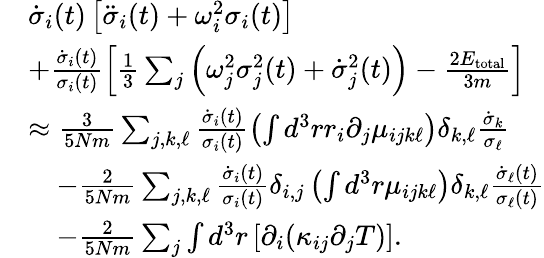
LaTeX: \begin{array}{rl}&{\dot{\sigma}_{i}(t)\left[\ddot{\sigma}_{i}(t)+\omega_{i}^{2}\sigma_{i}(t)\right]}\\ &{+\frac{\dot{\sigma}_{i}(t)}{\sigma_{i}(t)}\left[\frac{1}{3}\sum_{j}\left(\omega_{j}^{2}\sigma_{j}^{2}(t)+\dot{\sigma}_{j}^{2}(t)\right)-\frac{2E_{\mathrm{total}}}{3m}\right]}\\ &{\approx\frac{3}{5Nm}\sum_{j,k,\ell}\frac{\dot{\sigma}_{i}(t)}{\sigma_{i}(t)}\left(\int d^{3}rr_{i}\partial_{j}\mu_{ijk\ell}\right)\delta_{k,\ell}\frac{\dot{\sigma}_{k}}{\sigma_{\ell}}}\\ &{\quad-\frac{2}{5Nm}\sum_{j,k,\ell}\frac{\dot{\sigma}_{i}(t)}{\sigma_{i}(t)}\delta_{i,j}\left(\int d^{3}r\mu_{ijk\ell}\right)\delta_{k,\ell}\frac{\dot{\sigma}_{\ell}(t)}{\sigma_{\ell}(t)}}\\ &{\quad-\frac{2}{5Nm}\sum_{j}\int d^{3}r\left[\partial_{i}(\kappa_{ij}\partial_{j}T)\right].}\end{array}